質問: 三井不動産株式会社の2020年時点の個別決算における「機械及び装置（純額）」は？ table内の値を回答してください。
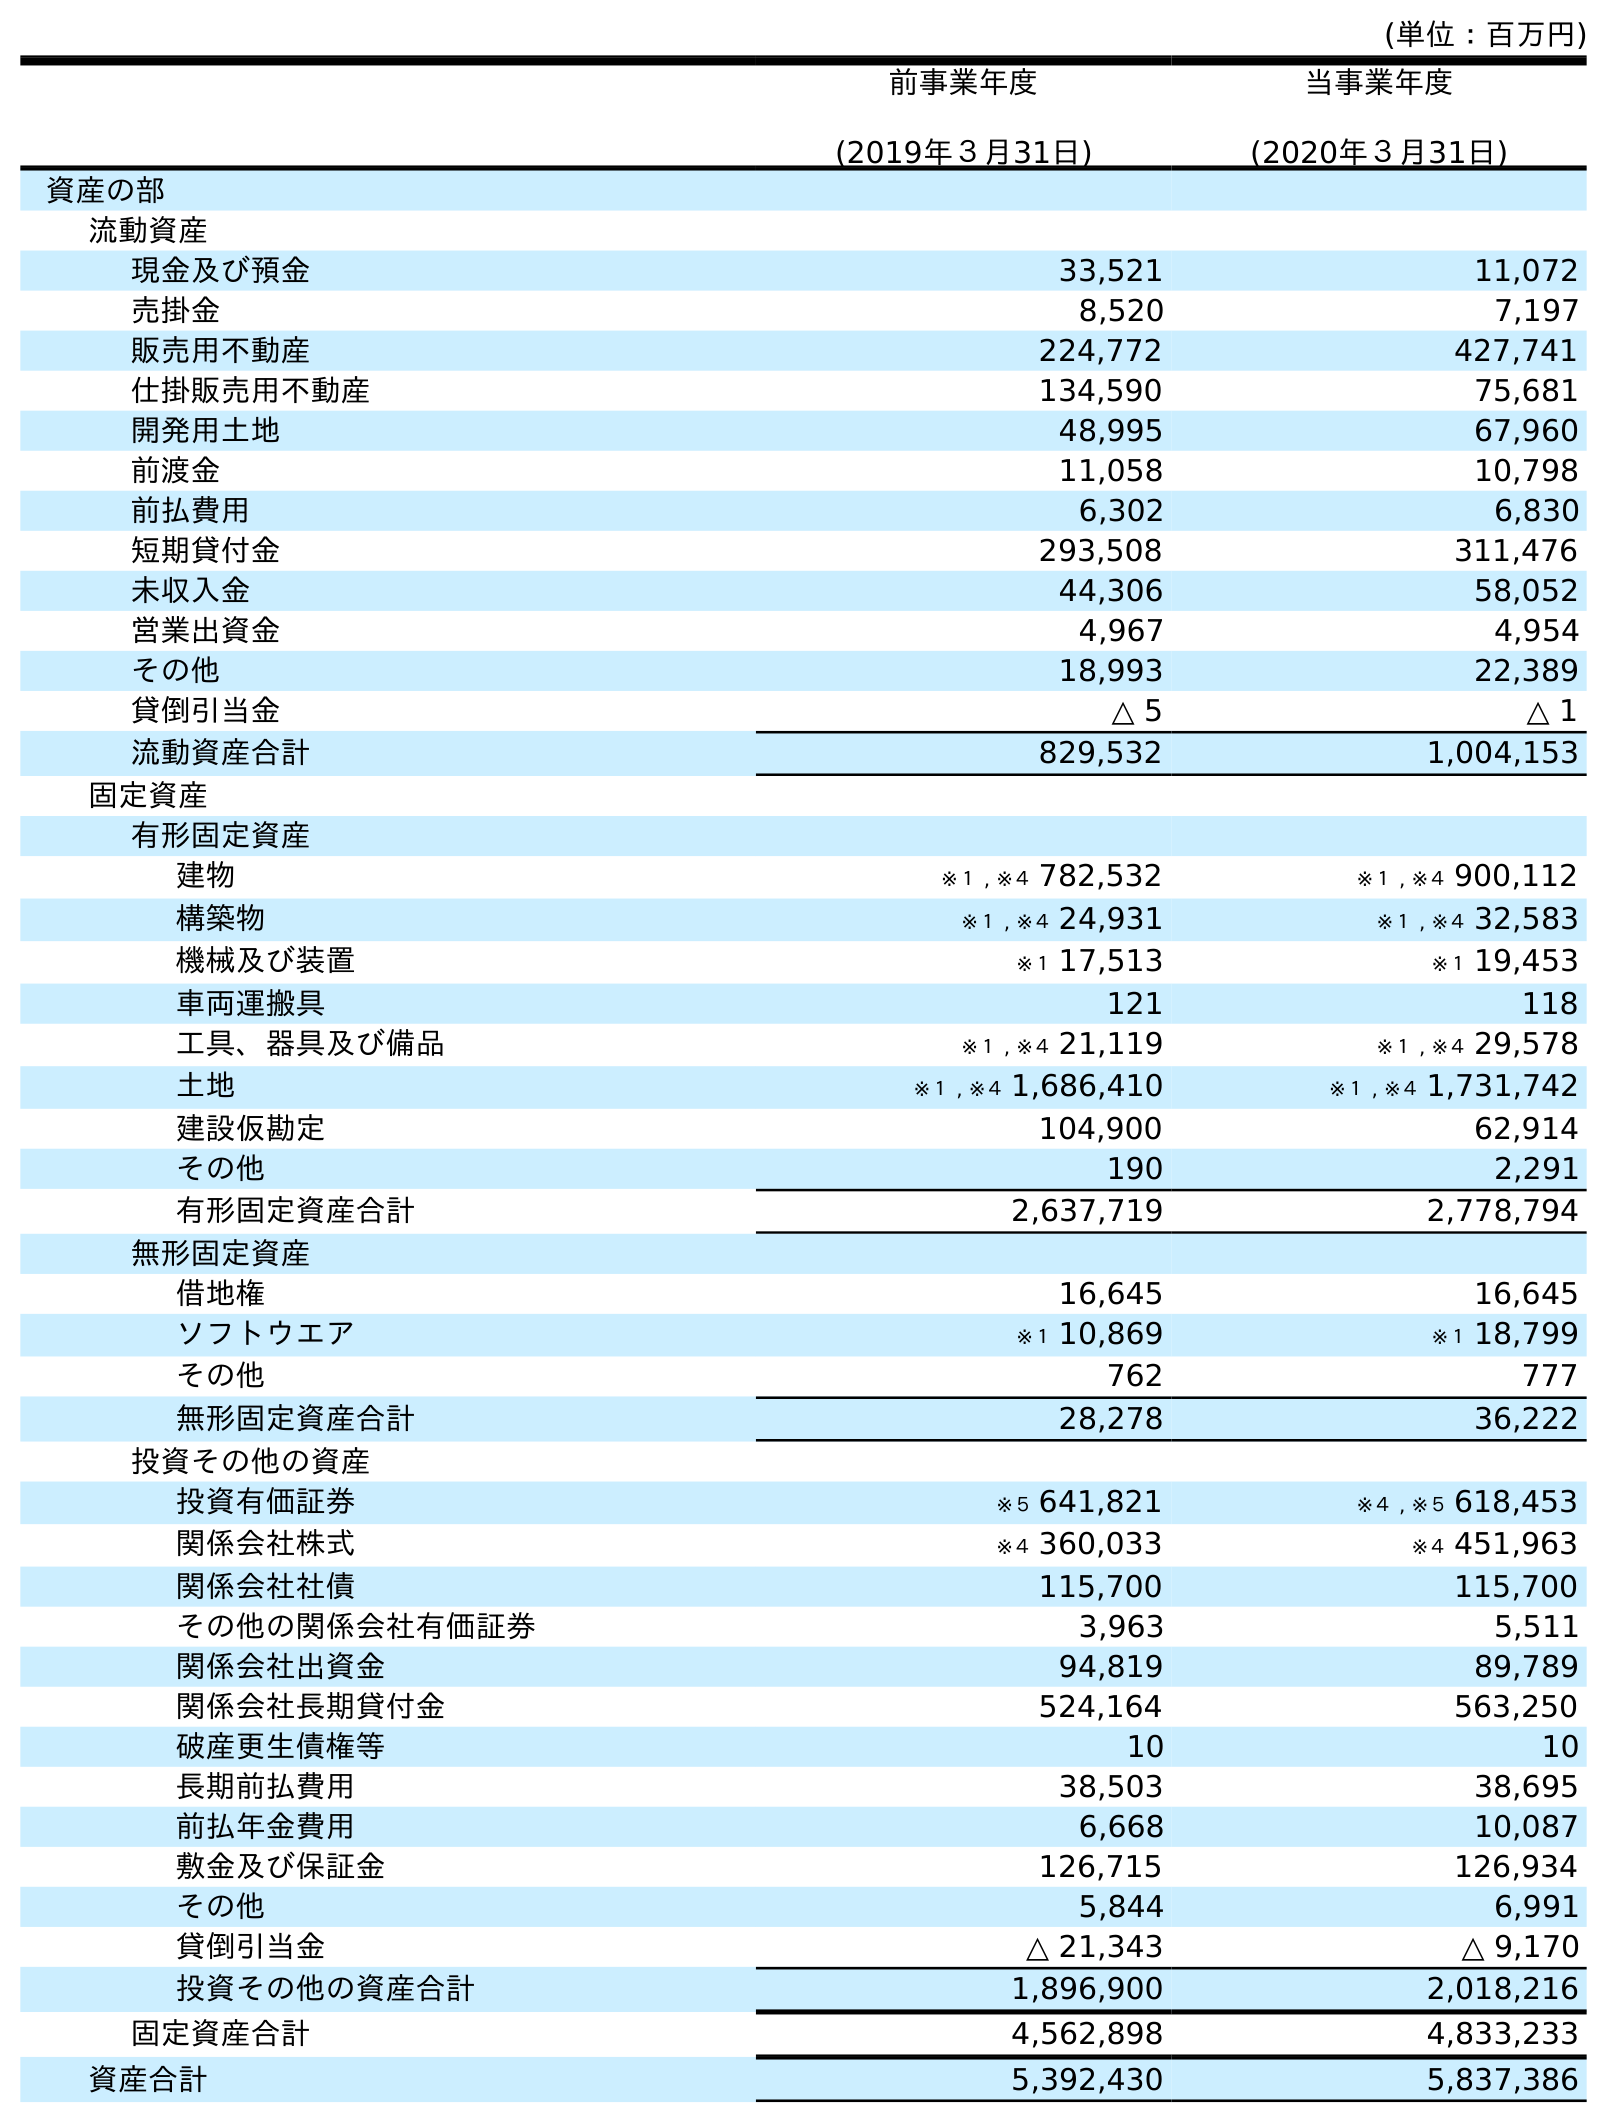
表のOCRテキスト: (単位：百万円) 前事業年度 (2019年３月31日) 当事業年度 (2020年３月31日) 資産の部 流動資産 現金及び預金 33,521 11,072 売掛金 8,520 7,197 販売用不動産 224,772 427,741 仕掛販売用不動産 134,590 75,681 開発用土地 48,995 67,960 前渡金 11,058 10,798 前払費用 6,302 6,830 短期貸付金 293,508 311,476 未収入金 44,306 58,052 営業出資金 4,967 4,954 その他 18,993 22,389 貸倒引当金 △ 5 △ 1 流動資産合計 829,532 1,004,153 固定資産 有形固定資産 建物 ※１ , ※４ 782,532 ※１ , ※４ 900,112 構築物 ※１ , ※４ 24,931 ※１ , ※４ 32,583 機械及び装置 ※１ 17,513 ※１ 19,453 車両運搬具 121 118 工具、器具及び備品 ※１ , ※４ 21,119 ※１ , ※４ 29,578 土地 ※１ , ※４ 1,686,410 ※１ , ※４ 1,731,742 建設仮勘定 104,900 62,914 その他 190 2,291 有形固定資産合計 2,637,719 2,778,794 無形固定資産 借地権 16,645 16,645 ソフトウエア ※１ 10,869 ※１ 18,799 その他 762 777 無形固定資産合計 28,278 36,222 投資その他の資産 投資有価証券 ※５ 641,821 ※４ , ※５ 618,453 関係会社株式 ※４ 360,033 ※４ 451,963 関係会社社債 115,700 115,700 その他の関係会社有価証券 3,963 5,511 関係会社出資金 94,819 89,789 関係会社長期貸付金 524,164 563,250 破産更生債権等 10 10 長期前払費用 38,503 38,695 前払年金費用 6,668 10,087 敷金及び保証金 126,715 126,934 その他 5,844 6,991 貸倒引当金 △ 21,343 △ 9,170 投資その他の資産合計 1,896,900 2,018,216 固定資産合計 4,562,898 4,833,233 資産合計 5,392,430 5,837,386
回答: ※１19,453